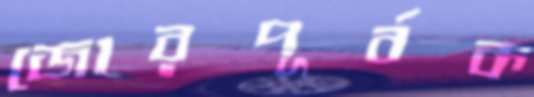
জোরপূর্বক